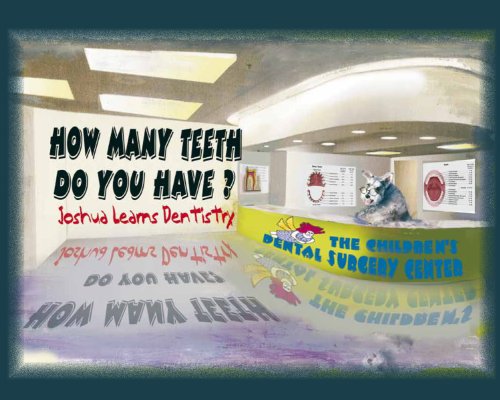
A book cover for How Many Teeth Do You Have? Joshua Learns Dentistry; Charles S. Ricks; Medical Books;